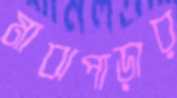
মাঝপাড়ার